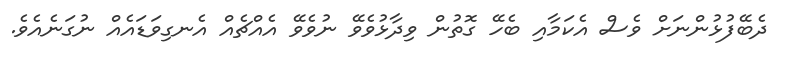
ދެބޭފުޅުންނަށް ވެސް އެކަމާއި ބެހޭ ގޮތުން ވިދާޅުވެވޭ ނުވެވޭ އެއްޗެއް އެނގިވަޑައެއް ނުގަނެއެވެ.